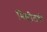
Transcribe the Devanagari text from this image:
सिव्हीलची